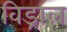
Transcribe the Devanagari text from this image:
विड्राल